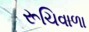
રૂચિવાળા